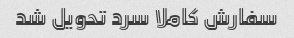
سفارش کاملا سرد تحویل شد